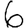
Digit: 6